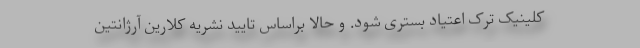
کلینیک ترک اعتیاد بستری شود. و حالا براساس تایید نشریه کلارین آرژانتین